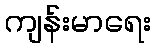
ကျန်းမာရေး